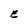
Character: e